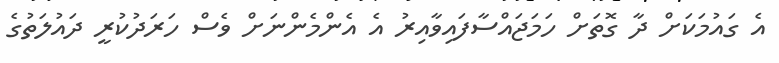
އެ ގައުމަކަށް ދާ ގޮތަށް ހަމަޖައްސާފައިވާއިރު އެ އެންމެންނަށް ވެސް ހަރަދުކުރީ ދައުލަތުގެ